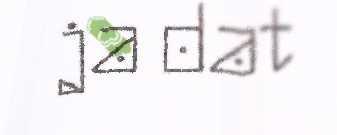
ja dat